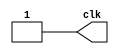
`timescale 1ns / 1ps
//////////////////////////////////////////////////////////////////////////////////
// Company: 
// Engineer: 
// 
// Design Name: 
// Module Name: clk
// Project Name: 
// Target Devices: 
// Tool Versions: 
// Description: 
// 
// Dependencies: 
// 
// Revision:
// Revision 0.01 - File Created
// Additional Comments:
// 
//////////////////////////////////////////////////////////////////////////////////


module clk(
    output reg clk
    );
	always
	begin
		clk=1'b0;
		#5;
		clk=1'b1;
		#5;

	end
endmodule